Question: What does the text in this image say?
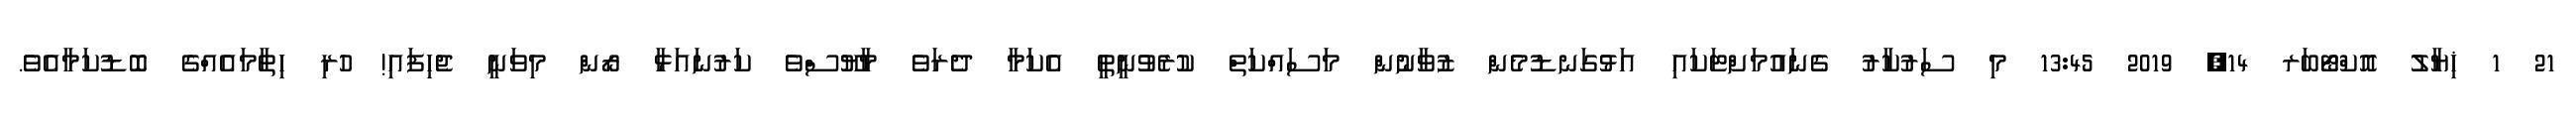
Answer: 21 1 ޚިޔާލު އޮކްޓޯބަރ 14, 2019 13:45 މި ސަރުކާރު ގެނައުމަށްޓަކައި އަޅުގަނޑުމެން ޒުވާނުން މަސައްކަތް ކުރެވުނީތީ އެކަމާ ދެރަވެ މާޔޫސްވެ ކަރުނައަޅާ ރޯން މިވަނީ ޖެހިފައި! ހުރި ހިތާމައެއްގެ ބޮޑުކަމާއެވެ.